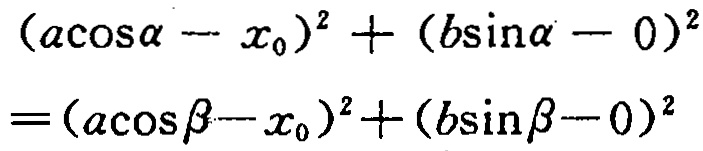
\((a\cos\alpha - x_{0})^{2}+(b\sin\alpha - 0)^{2}=(a\cos\beta - x_{0})^{2}+(b\sin\beta - 0)^{2}\)